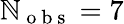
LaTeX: \mathbb{N}_{\mathrm{{~o~b~s~}}}=7